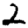
Digit: 2